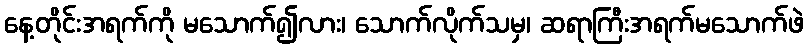
နေ့တိုင်းအရက်ကို မသောက်၍လား၊ သောက်လိုက်သမှ၊ ဆရာကြီးအရက်မသောက်ဖဲ